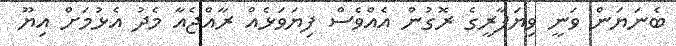
ބެނަޔަން ވަނީ ވިޔަފާރީގެ ރޮގުން އެއްވެސް ފިޔަވަޅެއް ރާއްޖެއާ މެދު އެޅުމަށް އިޔޫ